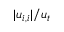
| u _ { i , i } | / u _ { t }